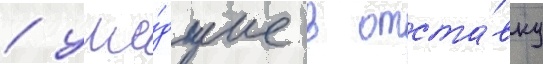
/ уше́дшие в отста́вку